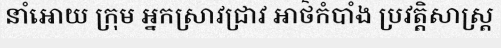
នាំអោយ ក្រុម អ្នកស្រាវជ្រាវ អាថ៌កំបាំង ប្រវត្តិសាស្ត្រ